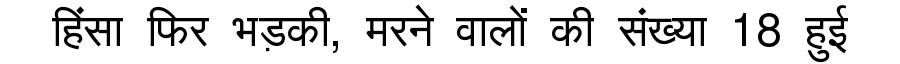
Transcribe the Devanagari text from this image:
हिंसा फिर भड़की, मरने वालों की संख्या 18 हुई